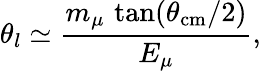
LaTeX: \theta_{l}\simeq\frac{m_{\mu}\, \tan(\theta_{\mathrm{cm}}/2)}{E_{\mu}},